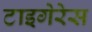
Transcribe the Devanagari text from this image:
टाइगेरेस